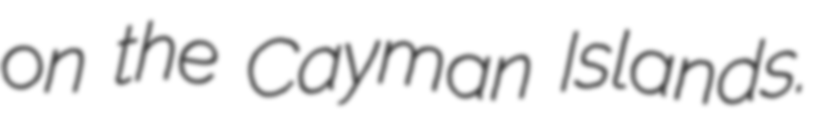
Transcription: on the Cayman Islands.